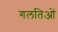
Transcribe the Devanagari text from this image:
गलतिओं